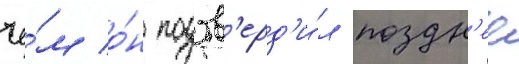
че́м о́н подтв'ерд'и́л поздн'ее